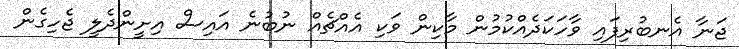
ޖަނާ އެނބުރިފައި ވާހަކަދެއްކުމުން މާކިން ވަކި އެއްޗެއް ނުބުނެ އައިސް އިށީންދެލީ ޖެހިގެން